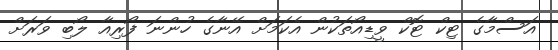
އަސްމާގެ ޓިކް ޓޮކް ވީޑިއޯތަކުން އެކަމަށް އޭނާގެ ހުންނަ ފޯރިއާ ލޯބި ވަރަށް